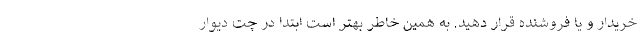
خریدار و یا فروشنده قرار دهید. به همین خاطر بهتر است ابتدا در چت دیوار